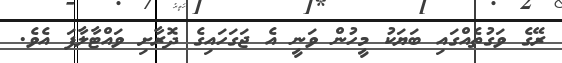
ރޭގެ ވަގުތެއްގައި ބަޔަކު މީހުން ވަނީ އެ ޖަގަހައިގެ ދޮރާށި ވައްޓާލާފަ އެވެ.